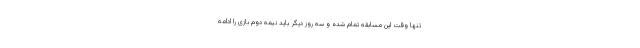
تنها وقت این مسابقه تمام شده و سه روز دیگر باید نیمه دوم بازی را ادامه